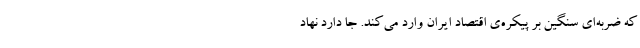
که ضربه‌ای سنگین بر پیکره‌ی اقتصاد ایران وارد می‌کند. جا دارد نهاد